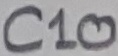
Text: C10